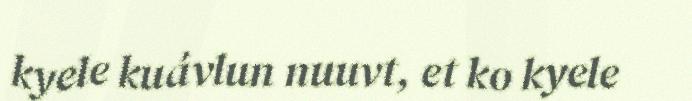
kyele kuávlun nuuvt, et ko kyele